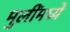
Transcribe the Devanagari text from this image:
मुलींमध्ये